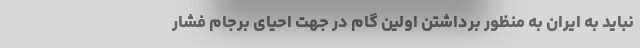
نباید به ایران به منظور برداشتن اولین گام در جهت احیای برجام فشار